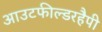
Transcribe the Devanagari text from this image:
आउटफील्डरहैपी